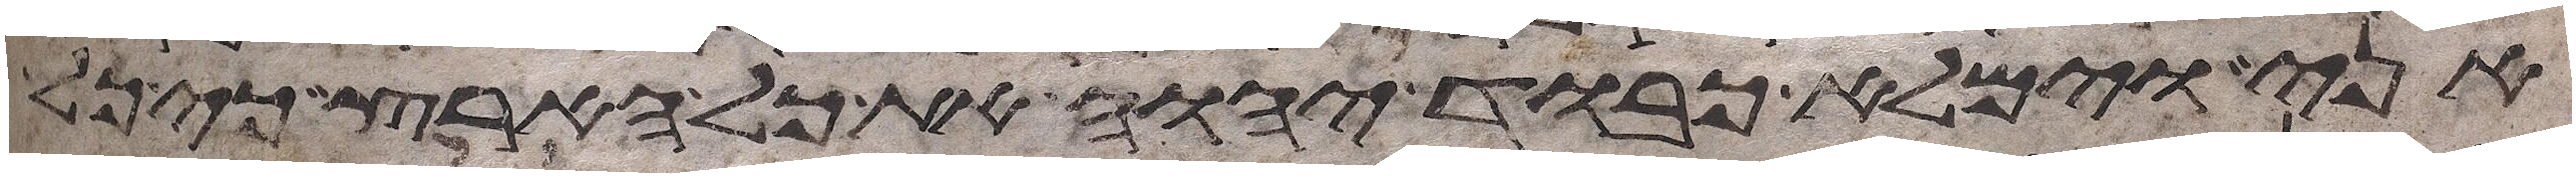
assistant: אני וימלא כבוד יהוה את כל הארץ כי כל